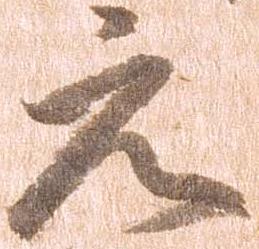
元